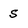
Character: S